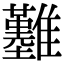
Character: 𩁢